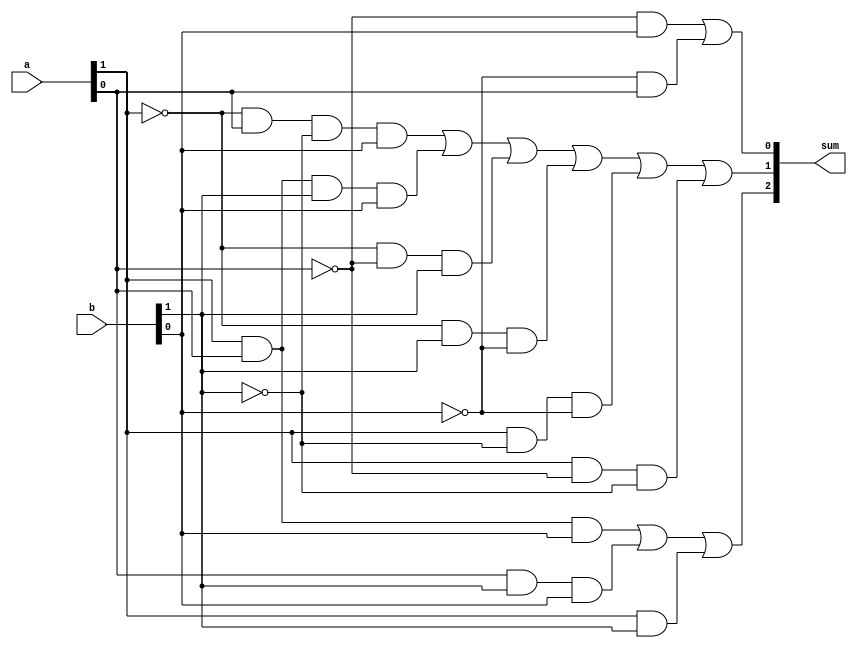
`timescale 1ns / 1ps

module lab3_practice2 (a, b, sum);

input [1:0] a, b;
output [2:0] sum;

assign sum[0] = ~a[0]&b[0] | ~b[0]&a[0];
assign sum[1] = (~a[1]&a[0]&~b[1]&b[0]) | (a[1]&a[0]&b[1]&b[0]) | (~a[1]&~a[0]&b[1]) | 
                (~a[1]&b[1]&~b[0]) | (a[1]&~b[1]&~b[0]) | (a[1]&~a[0]&~b[1]);
assign sum[2] = (a[1]&a[0]&b[0]) | (a[0]&b[1]&b[0]) | (a[1]&b[1]);

endmodule